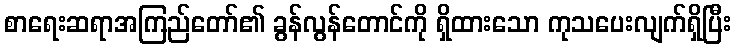
စာရေးဆရာအကြည်တော်၏ ခွန်လွန်တောင်ကို ရှိထားသော ကုသပေးလျက်ရှိပြီး